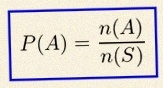
P(A)=\frac{n(A)}{n(S)}